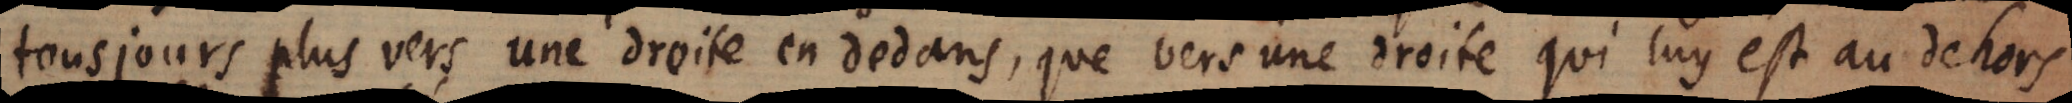
tousjours plus vers une droite en dedans, que vers une droite qui luy est au dehors